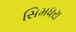
સિમધરા